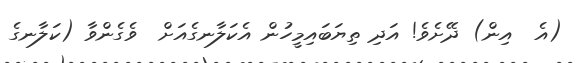
(އެ  އިން) ދޭށެވެ! އަދި ތިޔަބައިމީހުން އެކަލާނގެއަށް  ވެގެންވާ (ކަލާނގެ